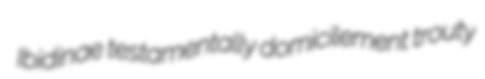
Ibidinae testamentally domicilement trouty